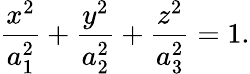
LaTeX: \frac{x^{2}}{a_{1}^{2}}+\frac{y^{2}}{a_{2}^{2}}+\frac{z^{2}}{a_{3}^{2}}=1.